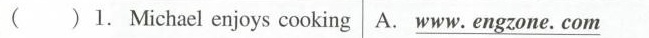
( )1. Michael enjoys cooking A. \underline{www. engzone. com}